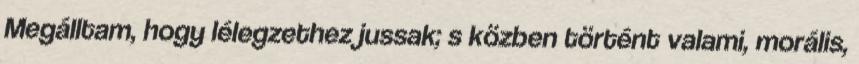
Megálltam, hogy lélegzethez jussak; s közben történt valami, morális,